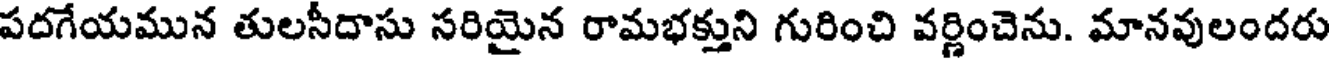
పదగేయమున తులసీదాసు సరియైన రామభక్తుని గురించి వర్ణించెను. మానవులందరు